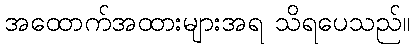
အထောက်အထားများအရ သိရပေသည်။